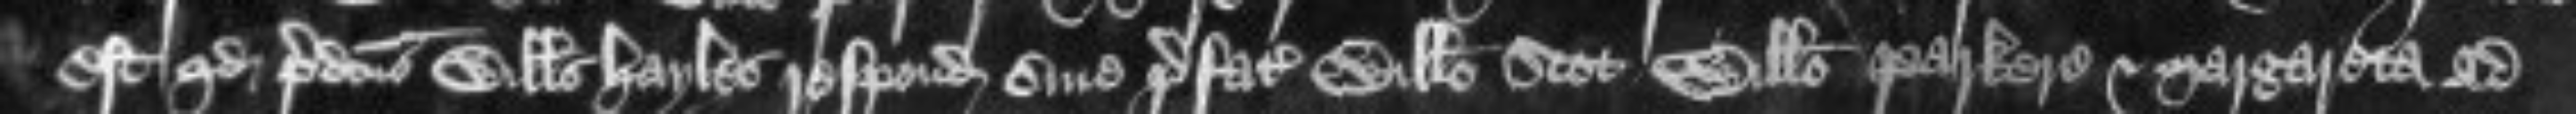
est quod predictus Willelmus Hayles respondeat sine prefato Willelmo Scot Willelmo Parkere et Margareta ad